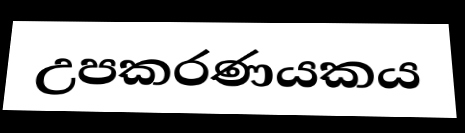
උපකරණයකය